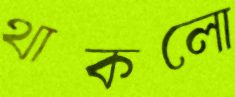
থাকলো